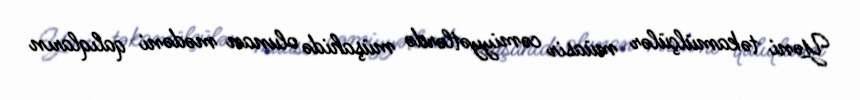
Yəni təkamülçülər müasir cəmiyyətlərdə müşahidə olunan mədəni qalıqların